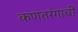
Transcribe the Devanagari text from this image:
कणतरंगाची